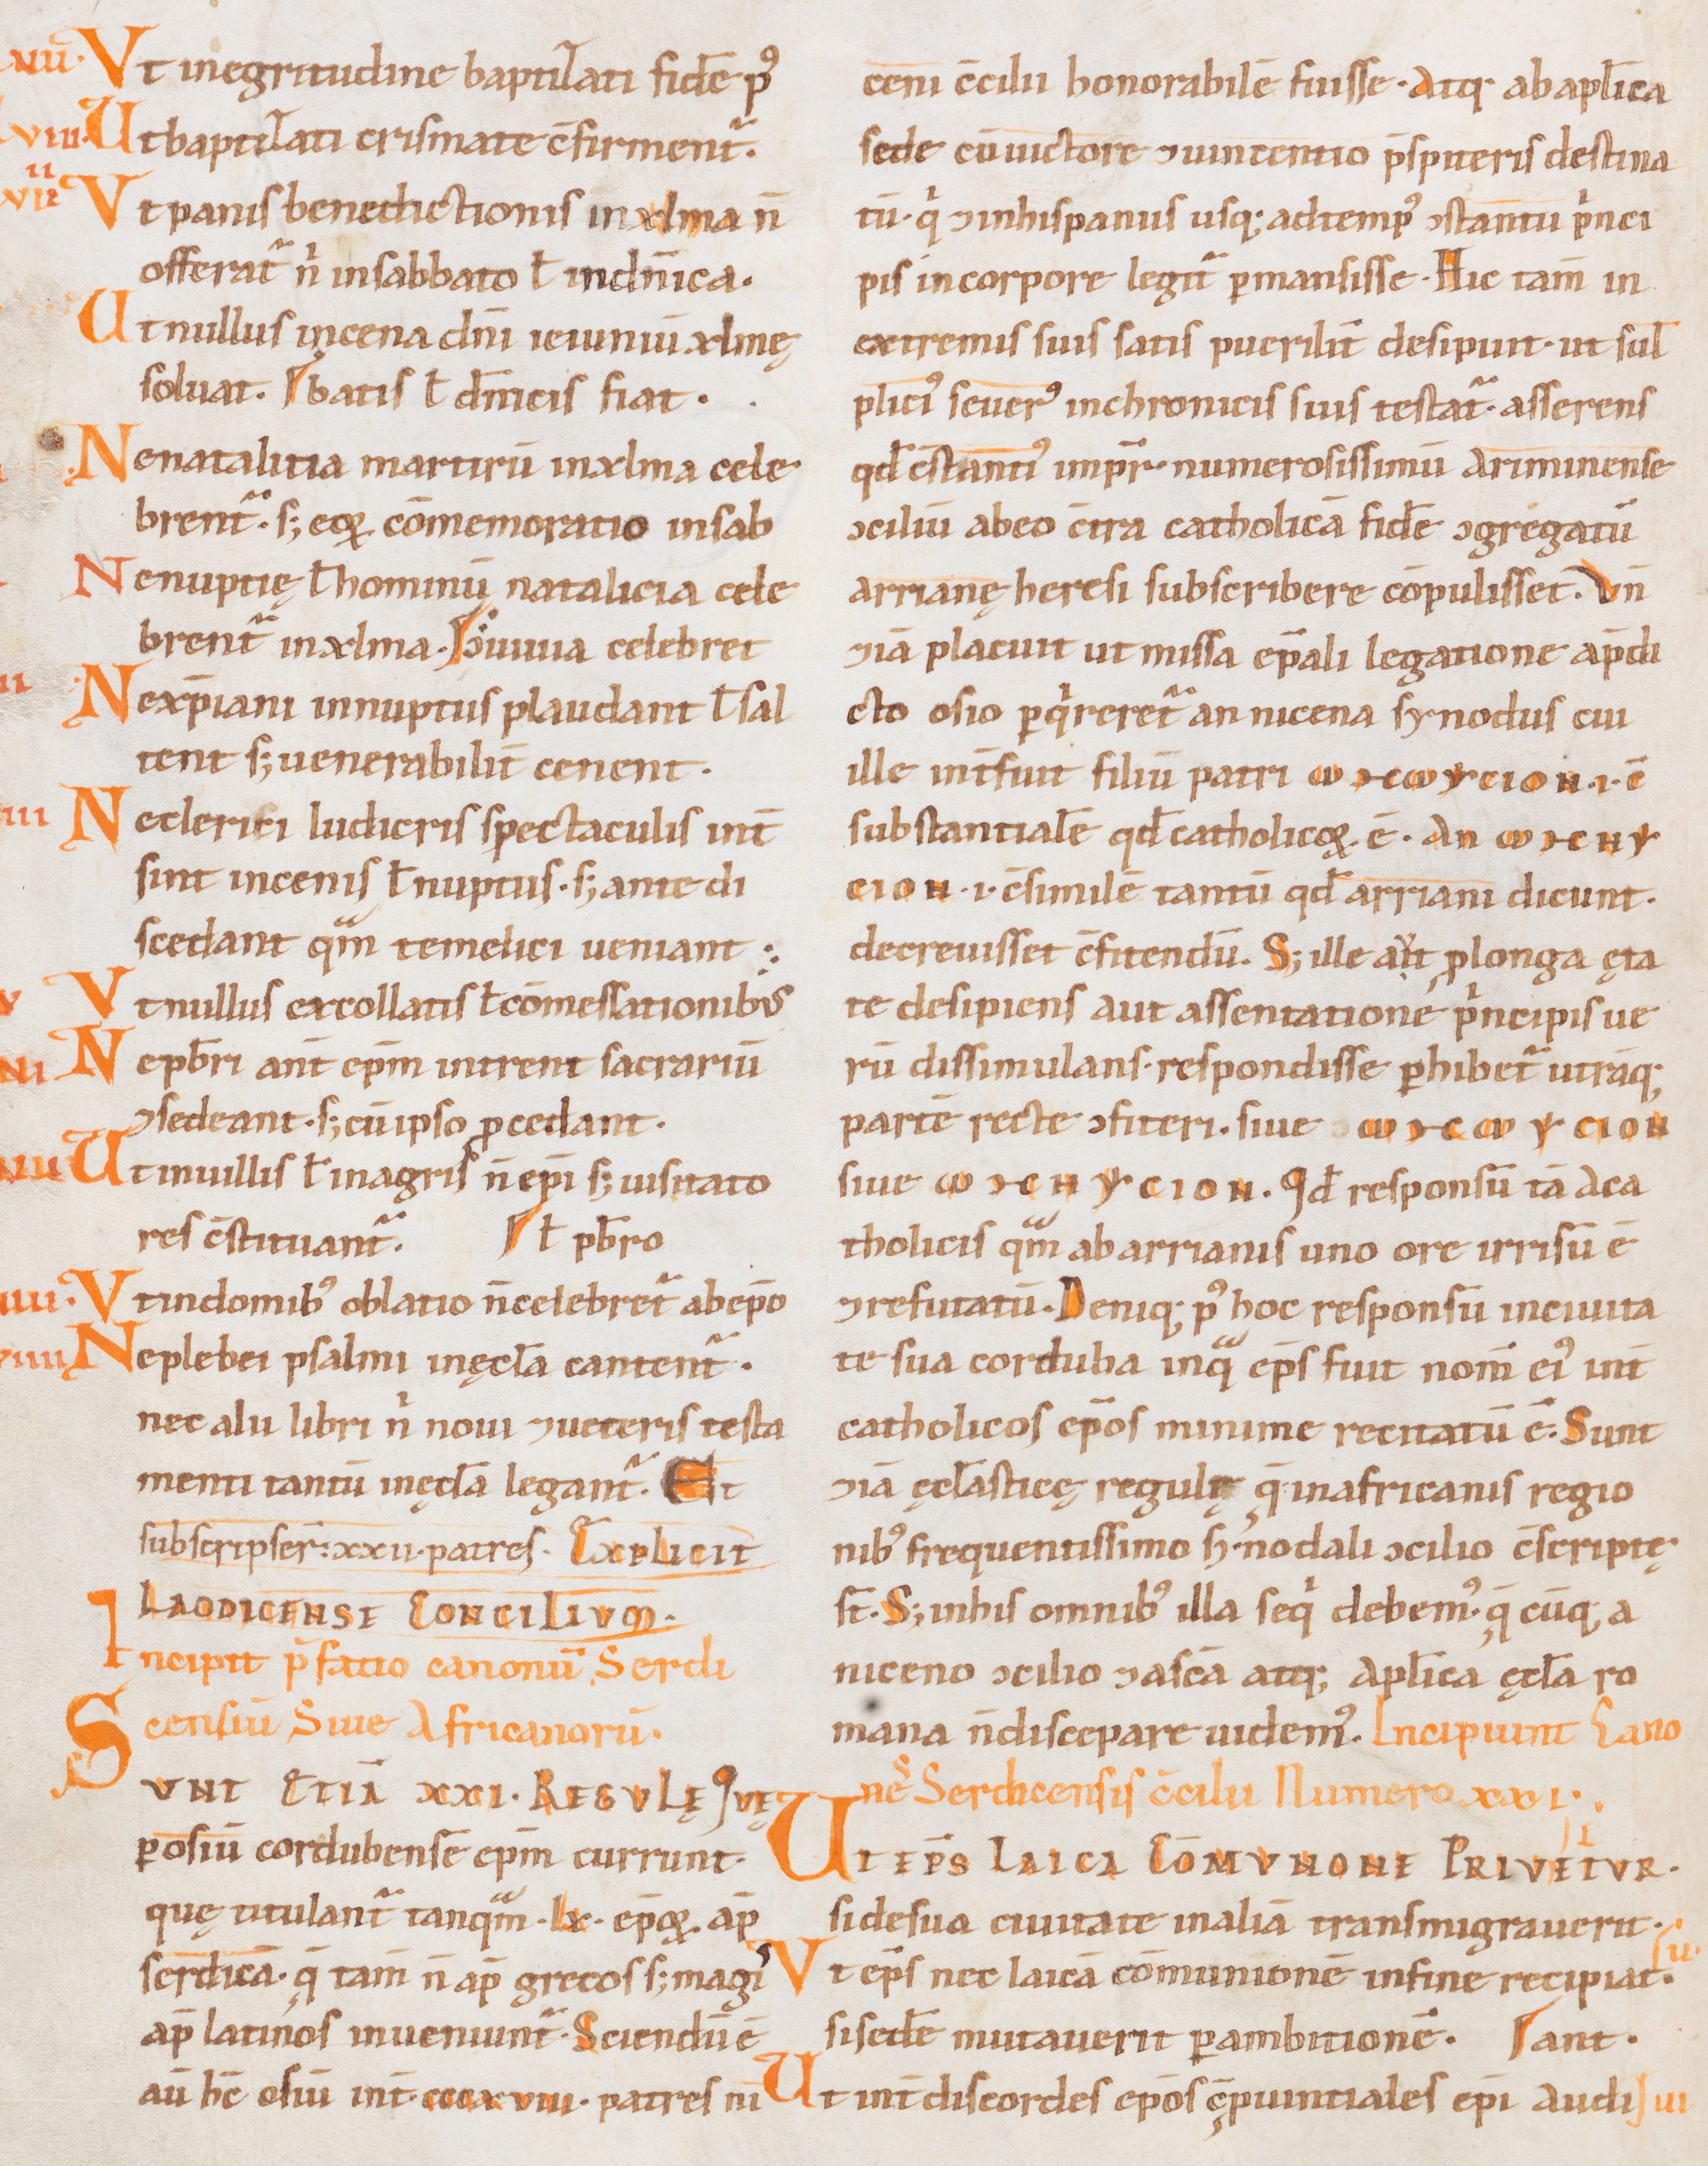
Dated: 1000–1199